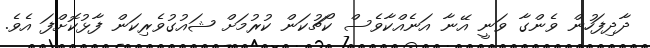
ދާދިފަހުން ވެންގާ ވަނީ އޭނާ އަނެއްކާވެސް ކޯޗުކަން ކުރުމަށް ޝައުގުވެރިކަން ފާޅުކޮށްފަ އެވެ.